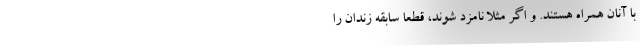
با آنان همراه هستند. و اگر مثلاً نامزد شوند، قطعاً سابقه زندان را